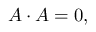
A \cdot A = 0 ,